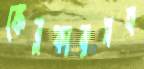
কেব্লকারসহ